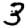
Digit: 3